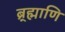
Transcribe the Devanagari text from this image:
ब्र्ह्माणि